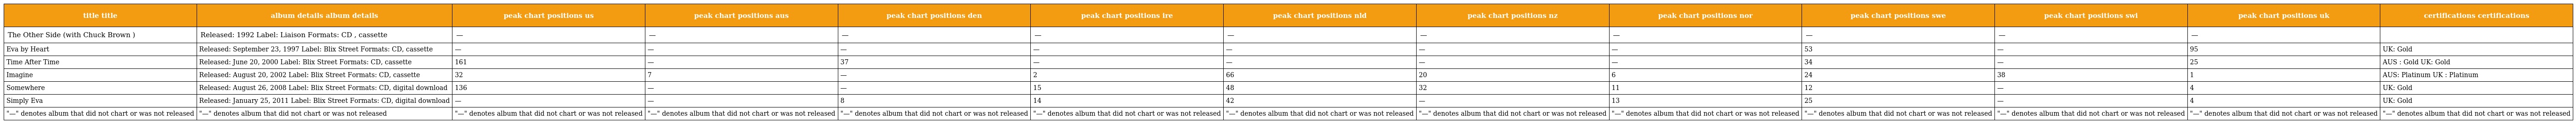
| title title | album details album details | peak chart positions us | peak chart positions aus | peak chart positions den | peak chart positions ire | peak chart positions nld | peak chart positions nz | peak chart positions nor | peak chart positions swe | peak chart positions swi | peak chart positions uk | certifications certifications |
 | --- | --- | --- | --- | --- | --- | --- | --- | --- | --- | --- | --- | --- |
 | The Other Side (with Chuck Brown ) | Released: 1992 Label: Liaison Formats: CD , cassette | — | — | — | — | — | — | — | — | — | — |  |
 | Eva by Heart | Released: September 23, 1997 Label: Blix Street Formats: CD, cassette | — | — | — | — | — | — | — | 53 | — | 95 | UK: Gold |
 | Time After Time | Released: June 20, 2000 Label: Blix Street Formats: CD, cassette | 161 | — | 37 | — | — | — | — | 34 | — | 25 | AUS : Gold UK: Gold |
 | Imagine | Released: August 20, 2002 Label: Blix Street Formats: CD, cassette | 32 | 7 | — | 2 | 66 | 20 | 6 | 24 | 38 | 1 | AUS: Platinum UK : Platinum |
 | Somewhere | Released: August 26, 2008 Label: Blix Street Formats: CD, digital download | 136 | — | — | 15 | 48 | 32 | 11 | 12 | — | 4 | UK: Gold |
 | Simply Eva | Released: January 25, 2011 Label: Blix Street Formats: CD, digital download | — | — | 8 | 14 | 42 | — | 13 | 25 | — | 4 | UK: Gold |
 | "—" denotes album that did not chart or was not released | "—" denotes album that did not chart or was not released | "—" denotes album that did not chart or was not released | "—" denotes album that did not chart or was not released | "—" denotes album that did not chart or was not released | "—" denotes album that did not chart or was not released | "—" denotes album that did not chart or was not released | "—" denotes album that did not chart or was not released | "—" denotes album that did not chart or was not released | "—" denotes album that did not chart or was not released | "—" denotes album that did not chart or was not released | "—" denotes album that did not chart or was not released | "—" denotes album that did not chart or was not released |